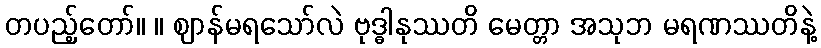
တပည့်တော်။ ။ ဈာန်မရသော်လဲ ဗုဒ္ဓါနုဿတိ မေတ္တာ အသုဘ မရဏဿတိနဲ့